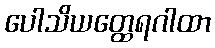
ပေါသိယတ္ထေရဂါထာ